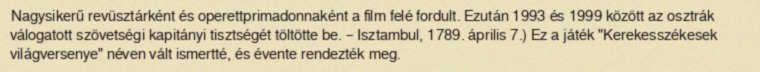
Nagysikerű revüsztárként és operettprimadonnaként a film felé fordult. Ezután 1993 és 1999 között az osztrák válogatott szövetségi kapitányi tisztségét töltötte be. – Isztambul, 1789. április 7.) Ez a játék "Kerekesszékesek világversenye" néven vált ismertté, és évente rendezték meg.